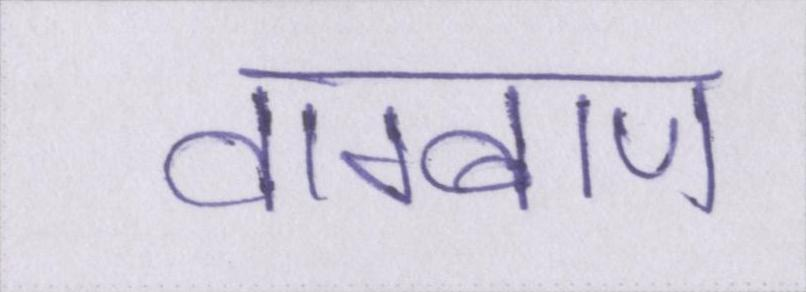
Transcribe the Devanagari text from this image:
वाग्बाण